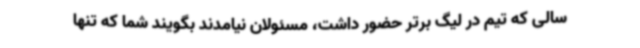
سالی که تیم در لیگ برتر حضور داشت، مسئولان نیامدند بگویند شما که تنها